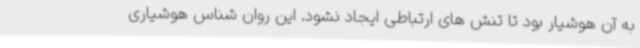
به آن هوشیار بود تا تنش های ارتباطی ایجاد نشود. این روان شناس هوشیاری